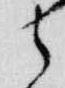
之